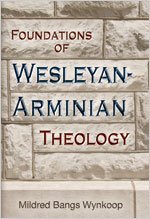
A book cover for Foundations of Wesleyan-Arminian Theology; Mildred Bangs Wynkoop; Christian Books & Bibles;